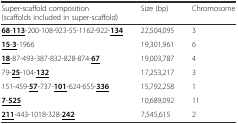
<table><thead><tr><td><b>Super-scaffold composition (scaffolds included in super-scaffold)</b></td><td><b>Size (bp)</b></td><td><b>Chromosome</b></td></tr></thead><tbody><tr><td><b><underline>68</underline></b><underline>-</underline><b><underline>113</underline></b>-200-108-923-55-1162-922-<b><underline>134</underline></b></td><td>22,504,095</td><td>3</td></tr><tr><td><b><underline>15</underline></b><underline>-</underline><b><underline>3</underline></b>-1966</td><td>19,301,961</td><td>6</td></tr><tr><td><b><underline>18</underline></b>-87-493-387-832-828-874-<b><underline>67</underline></b></td><td>19,003,787</td><td>4</td></tr><tr><td>79-<b><underline>25</underline></b>-104-<b><underline>132</underline></b></td><td>17,253,217</td><td>3</td></tr><tr><td>151-459-<b><underline>57</underline></b>-737-<b><underline>101</underline></b>-624-655-<b><underline>336</underline></b></td><td>15,792,258</td><td>1</td></tr><tr><td><b><underline>7</underline></b><underline>-</underline><b><underline>525</underline></b></td><td>10,689,092</td><td>11</td></tr><tr><td><b><underline>211</underline></b>-443-1018-328-<b><underline>242</underline></b></td><td>7,545,615</td><td>2</td></tr></tbody></table>